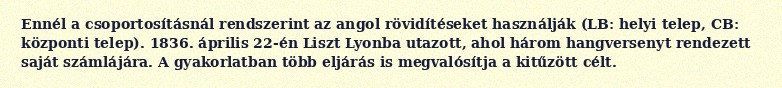
Ennél a csoportosításnál rendszerint az angol rövidítéseket használják (LB: helyi telep, CB: központi telep). 1836. április 22-én Liszt Lyonba utazott, ahol három hangversenyt rendezett saját számlájára. A gyakorlatban több eljárás is megvalósítja a kitűzött célt.